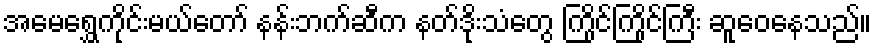
အမေရွှေကိုင်းမယ်တော် နန်းဘက်ဆီက နတ်ဒိုးသံတွေ ကြိုင်ကြိုင်ကြီး ဆူဝေနေသည်။